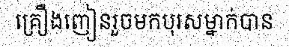
គ្រឿងញៀនរួចមកបុរសម្នាក់បាន